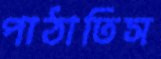
পাঠাতিস